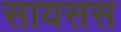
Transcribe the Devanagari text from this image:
सायसस